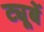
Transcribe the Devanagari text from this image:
ट्यूबें